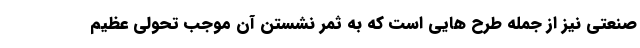
صنعتي نيز از جمله طرح هايي است كه به ثمر نشستن آن موجب تحولي عظيم